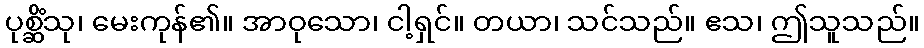
ပုစ္ဆိံသု၊ မေးကုန်၏။ အာဝုသော၊ ငါ့ရှင်။ တယာ၊ သင်သည်။ ဧသ၊ ဤသူသည်။